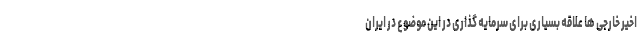
اخیر خارجی ها علاقه بسیاری برای سرمایه گذاری در این موضوع در ایران